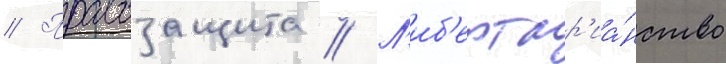
// Правозащита // Л'иб'ертар'иа́нство